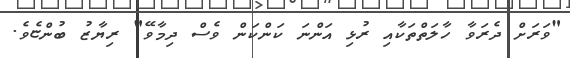
"ވަރަށް ދެރަވާ ހާލަތްތަކާއި ރުޅި އަންނަ ކަންކަން ވެސް ދިމާވޭ" ރިޔާޒު ބުންޏެވެ.